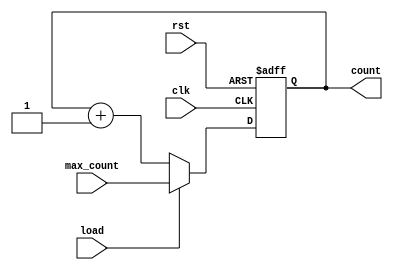
module binary_counter (
    input wire clk,
    input wire rst,
    input wire load,
    input wire [3:0] max_count,
    output reg [3:0] count
);

always @(posedge clk or posedge rst) begin
    if (rst) begin
        count <= 4'b0000;
    end else if (load) begin
        count <= max_count;
    end else begin
        count <= count + 1;
    end
end

endmodule